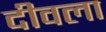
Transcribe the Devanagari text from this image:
दीवला